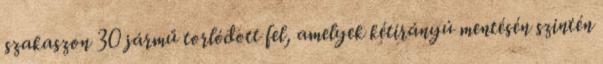
szakaszon 30 jármű torlódott fel, amelyek kétirányú mentésén szintén